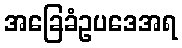
အခြေခံဥပဒေအရ